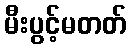
မီးပွင့်မတတ်